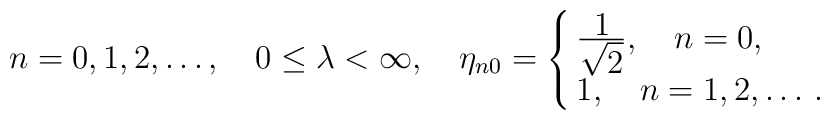
n=0,1,2,\ldots , \quad 0\leq \lambda < \infty, \quad \eta _{n0}=\cases{\frac{{\displaystyle 1}}{{\displaystyle  \sqrt 2}},\quad n=0,\cr 1,\quad  n=1,2,\ldots \, .\cr}